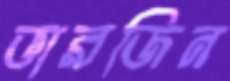
ভারজিন